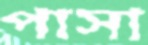
পাসা